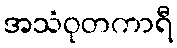
အသံဝုတကာရီ